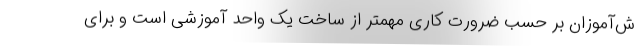
ش‌آموزان بر حسب ضرورت کاری مهمتر از ساخت یک واحد آموزشی است و برای